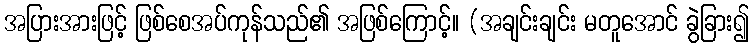
အပြားအားဖြင့် ဖြစ်စေအပ်ကုန်သည်၏ အဖြစ်ကြောင့်။ (အချင်းချင်း မတူအောင် ခွဲခြား၍